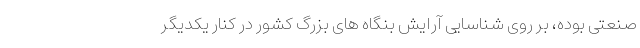
صنعتی بوده، بر روی شناسایی آرایش بنگاه های بزرگ کشور در کنار یکدیگر